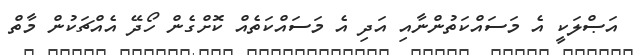
އަޞްލަކީ އެ މަސައްކަތުންނާއި އަދި އެ މަސައްކަތެއް ކޮށްގެން ހޯދޭ އެއްޗަކުން މާތް